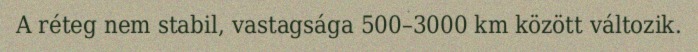
A réteg nem stabil, vastagsága 500–3000 km között változik.